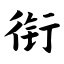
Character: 衔